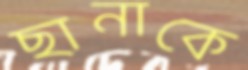
ছানাকে